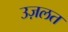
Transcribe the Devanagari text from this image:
उज़लत